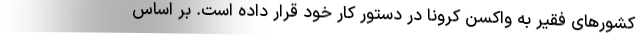
کشورهای فقیر به واکسن کرونا در دستور کار خود قرار داده است. بر اساس